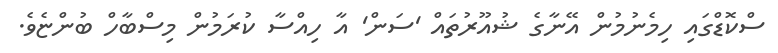
ސްކޮޑްގައި ހިމެނުމުން އޭނާގެ ޝުއޫރުތައް 'ސަން' އާ ހިއްސާ ކުރަމުން މިސްބާހް ބުންޏެވެ.